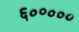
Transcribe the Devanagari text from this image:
६०॰०००